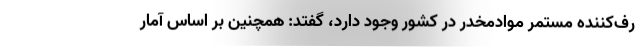
رف‌کننده مستمر موادمخدر در کشور وجود دارد، گفتد: همچنین بر اساس آمار